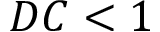
D C < 1